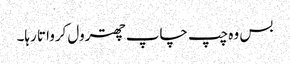
بس وہ چپ چاپ چھترول کرواتا رہا۔